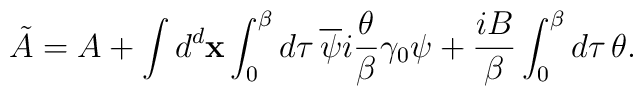
\tilde{A}=A+\int d^d {\bf x}\int_{0}^{\beta}d\tau{\,}\overline{\psi}i\frac{\theta}{\beta}\gamma_{0}\psi+\frac{iB}{\beta}\int_{0}^{\beta}d\tau{\,}\theta.